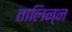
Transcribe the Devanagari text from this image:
तालिन्न